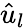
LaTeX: \hat{u}_{l}